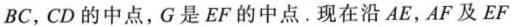
BC，CD的中点，G是EF的中点。现在沿AE，AF及EF